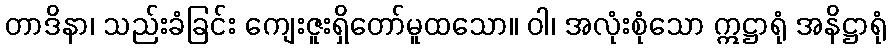
တာဒိနာ၊ သည်းခံခြင်း ကျေးဇူးရှိတော်မူထသော။ ဝါ၊ အလုံးစုံသော ဣဋ္ဌာရုံ အနိဋ္ဌာရုံ